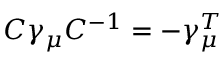
C \gamma _ { \mu } C ^ { - 1 } = - \gamma _ { \mu } ^ { T }